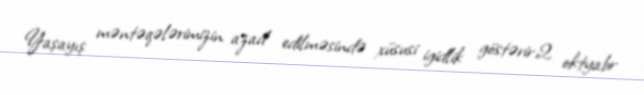
Yaşayış məntəqələrimizin azad edilməsində xüsusi igidlik göstərir.2 oktyabr